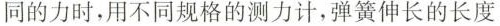
同的力时，用不同规格的测力计，弹簧伸长的长度